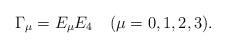
LaTeX: \begin{align*}\Gamma_{\mu} = E_{\mu} E_{4} \, \, \, \, \, \, (\mu = 0,1,2,3) .\end{align*}